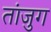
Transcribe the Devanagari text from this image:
तांजुग